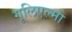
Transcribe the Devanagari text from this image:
गूलिएल्मो